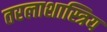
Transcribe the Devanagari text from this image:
तरलाशास्त्रिय